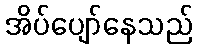
အိပ်ပျော်နေသည်